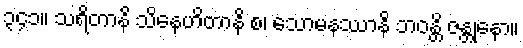
၃၄၁။ သရိတာနိ သိနေဟိတာနိ စ၊ သောမနဿာနိ ဘဝန္တိ ဇန္တုနော။